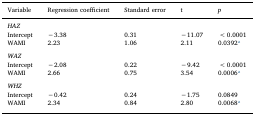
<table><thead><tr><td><b>Variable</b></td><td><b>Regression coefficient</b></td><td><b>Standard error</b></td><td><b>t</b></td><td><b><i>p</i></b></td></tr></thead><tbody><tr><td colspan="5"><i>HAZ</i></td></tr><tr><td>Intercept</td><td>−3.38</td><td>0.31</td><td>−11.07</td><td>&lt;0.0001</td></tr><tr><td>WAMI</td><td>2.23</td><td>1.06</td><td>2.11</td><td>0.0392a</td></tr><tr><td colspan="5">  </td></tr><tr><td colspan="5"><i>WAZ</i></td></tr><tr><td>Intercept</td><td>−2.08</td><td>0.22</td><td>−9.42</td><td>&lt;0.0001</td></tr><tr><td>WAMI</td><td>2.66</td><td>0.75</td><td>3.54</td><td>0.0006a</td></tr><tr><td colspan="5">  </td></tr><tr><td colspan="5"><i>WHZ</i></td></tr><tr><td>Intercept</td><td>−0.42</td><td>0.24</td><td>−1.75</td><td>0.0849</td></tr><tr><td>WAMI</td><td>2.34</td><td>0.84</td><td>2.80</td><td>0.0068a</td></tr></tbody></table>